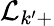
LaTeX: \mathcal{L}_{k^{\prime}+}